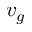
v _ { g }